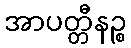
အာပတ္တီနဉ္စ